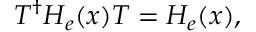
T ^ { \dagger } H _ { e } ( x ) T = H _ { e } ( x ) ,